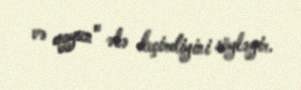
və qoyun" ələ keçirdiyini söyləyir.